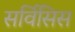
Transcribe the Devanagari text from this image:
सर्विसिस